Problem: 4 × 7 = ?
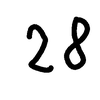
Handwritten answer: 28